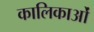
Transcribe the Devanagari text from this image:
कालिकाओं